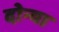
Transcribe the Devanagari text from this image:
दोन्या